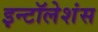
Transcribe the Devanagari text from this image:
इन्टॉलेशंस